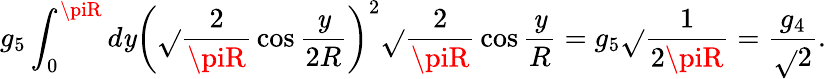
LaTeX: g_{5}\int_{0}^{\piR}d\mathit{y}\left(\sqrt{}{{\frac{{2}}{{\piR}}}}\cos\frac{{\mathit{y}}}{{2R}}\right)^{2}\sqrt{}{{\frac{{2}}{{\piR}}}}\cos\frac{{\mathit{y}}}{{R}}=g_{5}\sqrt{}{{\frac{{1}}{{2\piR}}}}=\frac{{g_{4}}}{{\sqrt{}{{2}}}}.